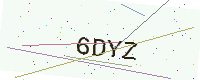
Text: 6DYZ